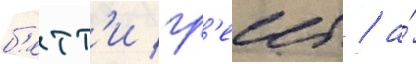
б'етт'и гр'еибл / а́